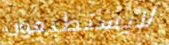
لايستطيعون